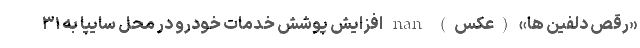
«رقص دلفین ها» (عکس) nan افزایش پوشش خدمات خودرو در محل سایپا به ۳۱